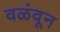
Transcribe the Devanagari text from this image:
वळंवून